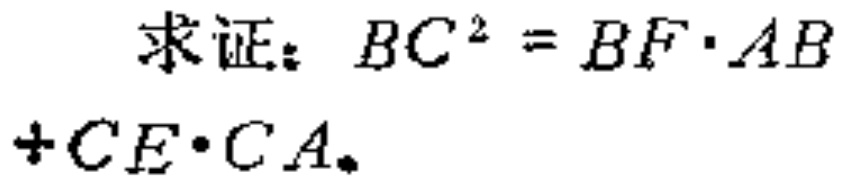
求证：\(BC^{2}=BF\cdot AB + CE\cdot CA\)